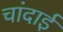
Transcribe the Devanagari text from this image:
चांदाई